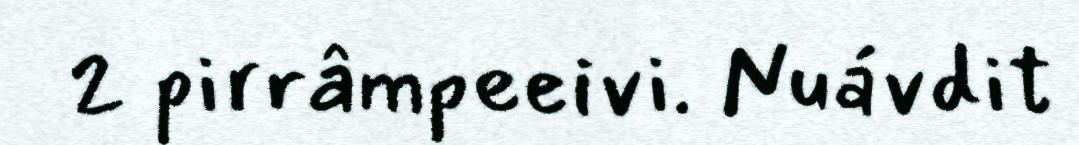
2 pirrâmpeeivi. Nuávdit